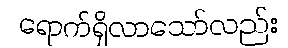
ရောက်ရှိလာသော်လည်း